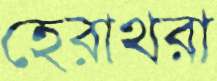
হেরাথরা